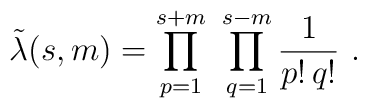
\tilde\lambda(s,m)= \prod_{p=1}^{s+m}\ \prod_{q=1}^{s-m} {1\over p!\, q!}\ .